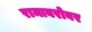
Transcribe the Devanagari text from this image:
रामाबरोबर